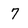
Character: 7